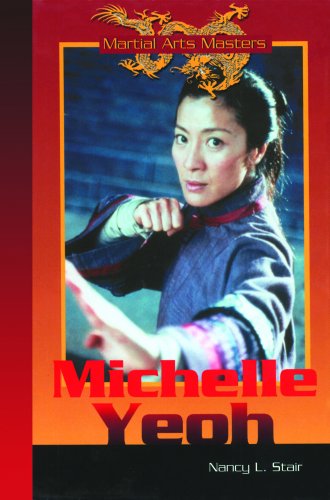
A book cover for Michelle Yeoh (Martial Arts Masters); Nancy L. Stair; Teen & Young Adult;